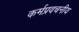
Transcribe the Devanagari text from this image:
कर्मप्रवचनीय